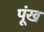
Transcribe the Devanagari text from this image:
पूंख